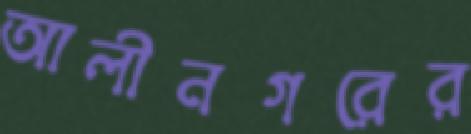
আলীনগরের